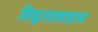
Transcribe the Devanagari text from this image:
विद्युतप्रवाहास